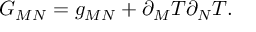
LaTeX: G _ { M N } = g _ { M N } + \partial _ { M } T \partial _ { N } T .